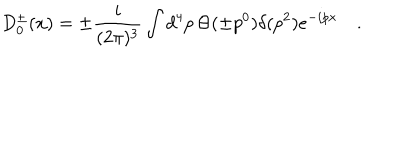
D _ { 0 } ^ { \pm } ( x ) = \pm \frac { i } { ( 2 \pi ) ^ { 3 } } \int d ^ { 4 } p \, \Theta ( \pm p ^ { 0 } ) \delta ( p ^ { 2 } ) e ^ { - i p x } \quad .